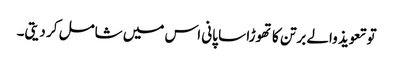
تو تعویذ والے برتن کا تھوڑا سا پانی اس میں شامل کر دیتی۔